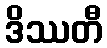
ဒိဿတီ